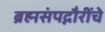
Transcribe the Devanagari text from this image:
ब्रह्मसंपद्गौरींचे